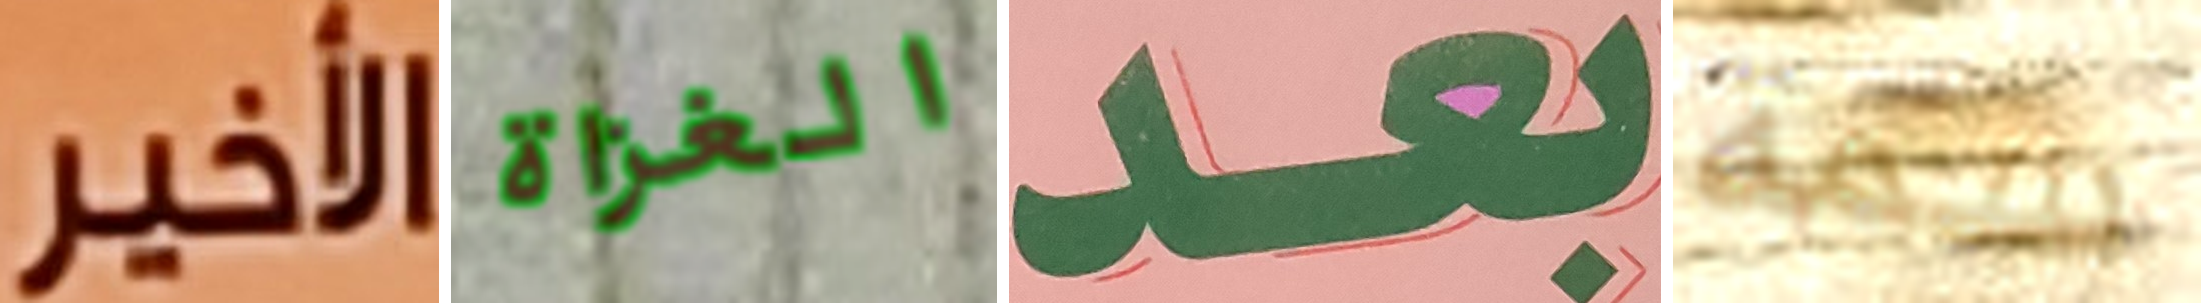
الـأخير الغزاة بعد سمة